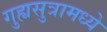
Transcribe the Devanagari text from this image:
गुह्यसुत्रामध्ये